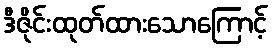
ဒီဇိုင်းထုတ်ထားသောကြောင့်